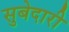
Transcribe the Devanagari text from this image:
सुबेदारी